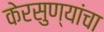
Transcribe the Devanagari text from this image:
केरसुण्यांचा